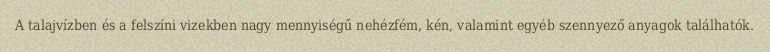
A talajvízben és a felszíni vizekben nagy mennyiségű nehézfém, kén, valamint egyéb szennyező anyagok találhatók.